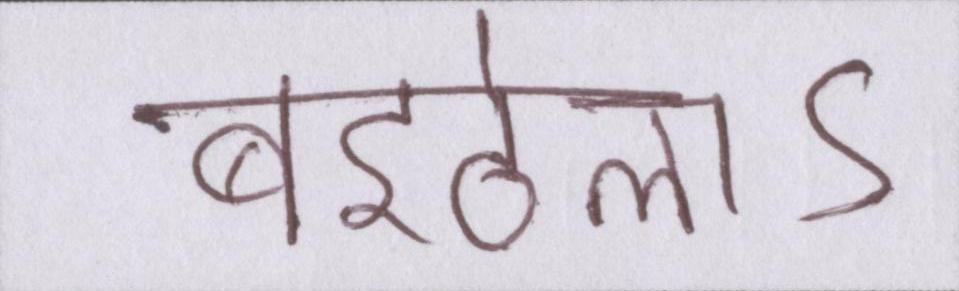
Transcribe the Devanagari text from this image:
बइठेलाऽ